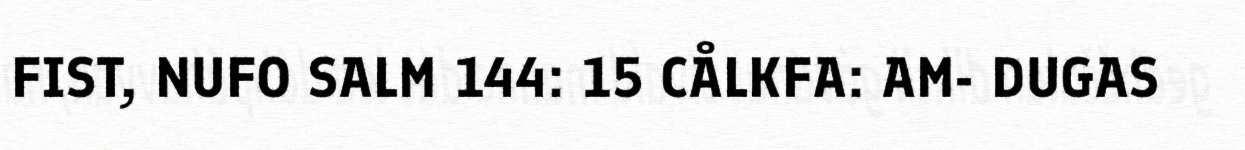
FIST, NUFO SALM 144: 15 CÅLKFA: AM- DUGAS